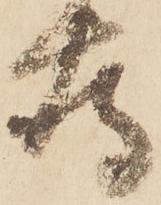
存